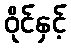
ဝိုင်နှင့်